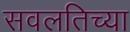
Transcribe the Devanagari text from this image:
सवलतिच्या